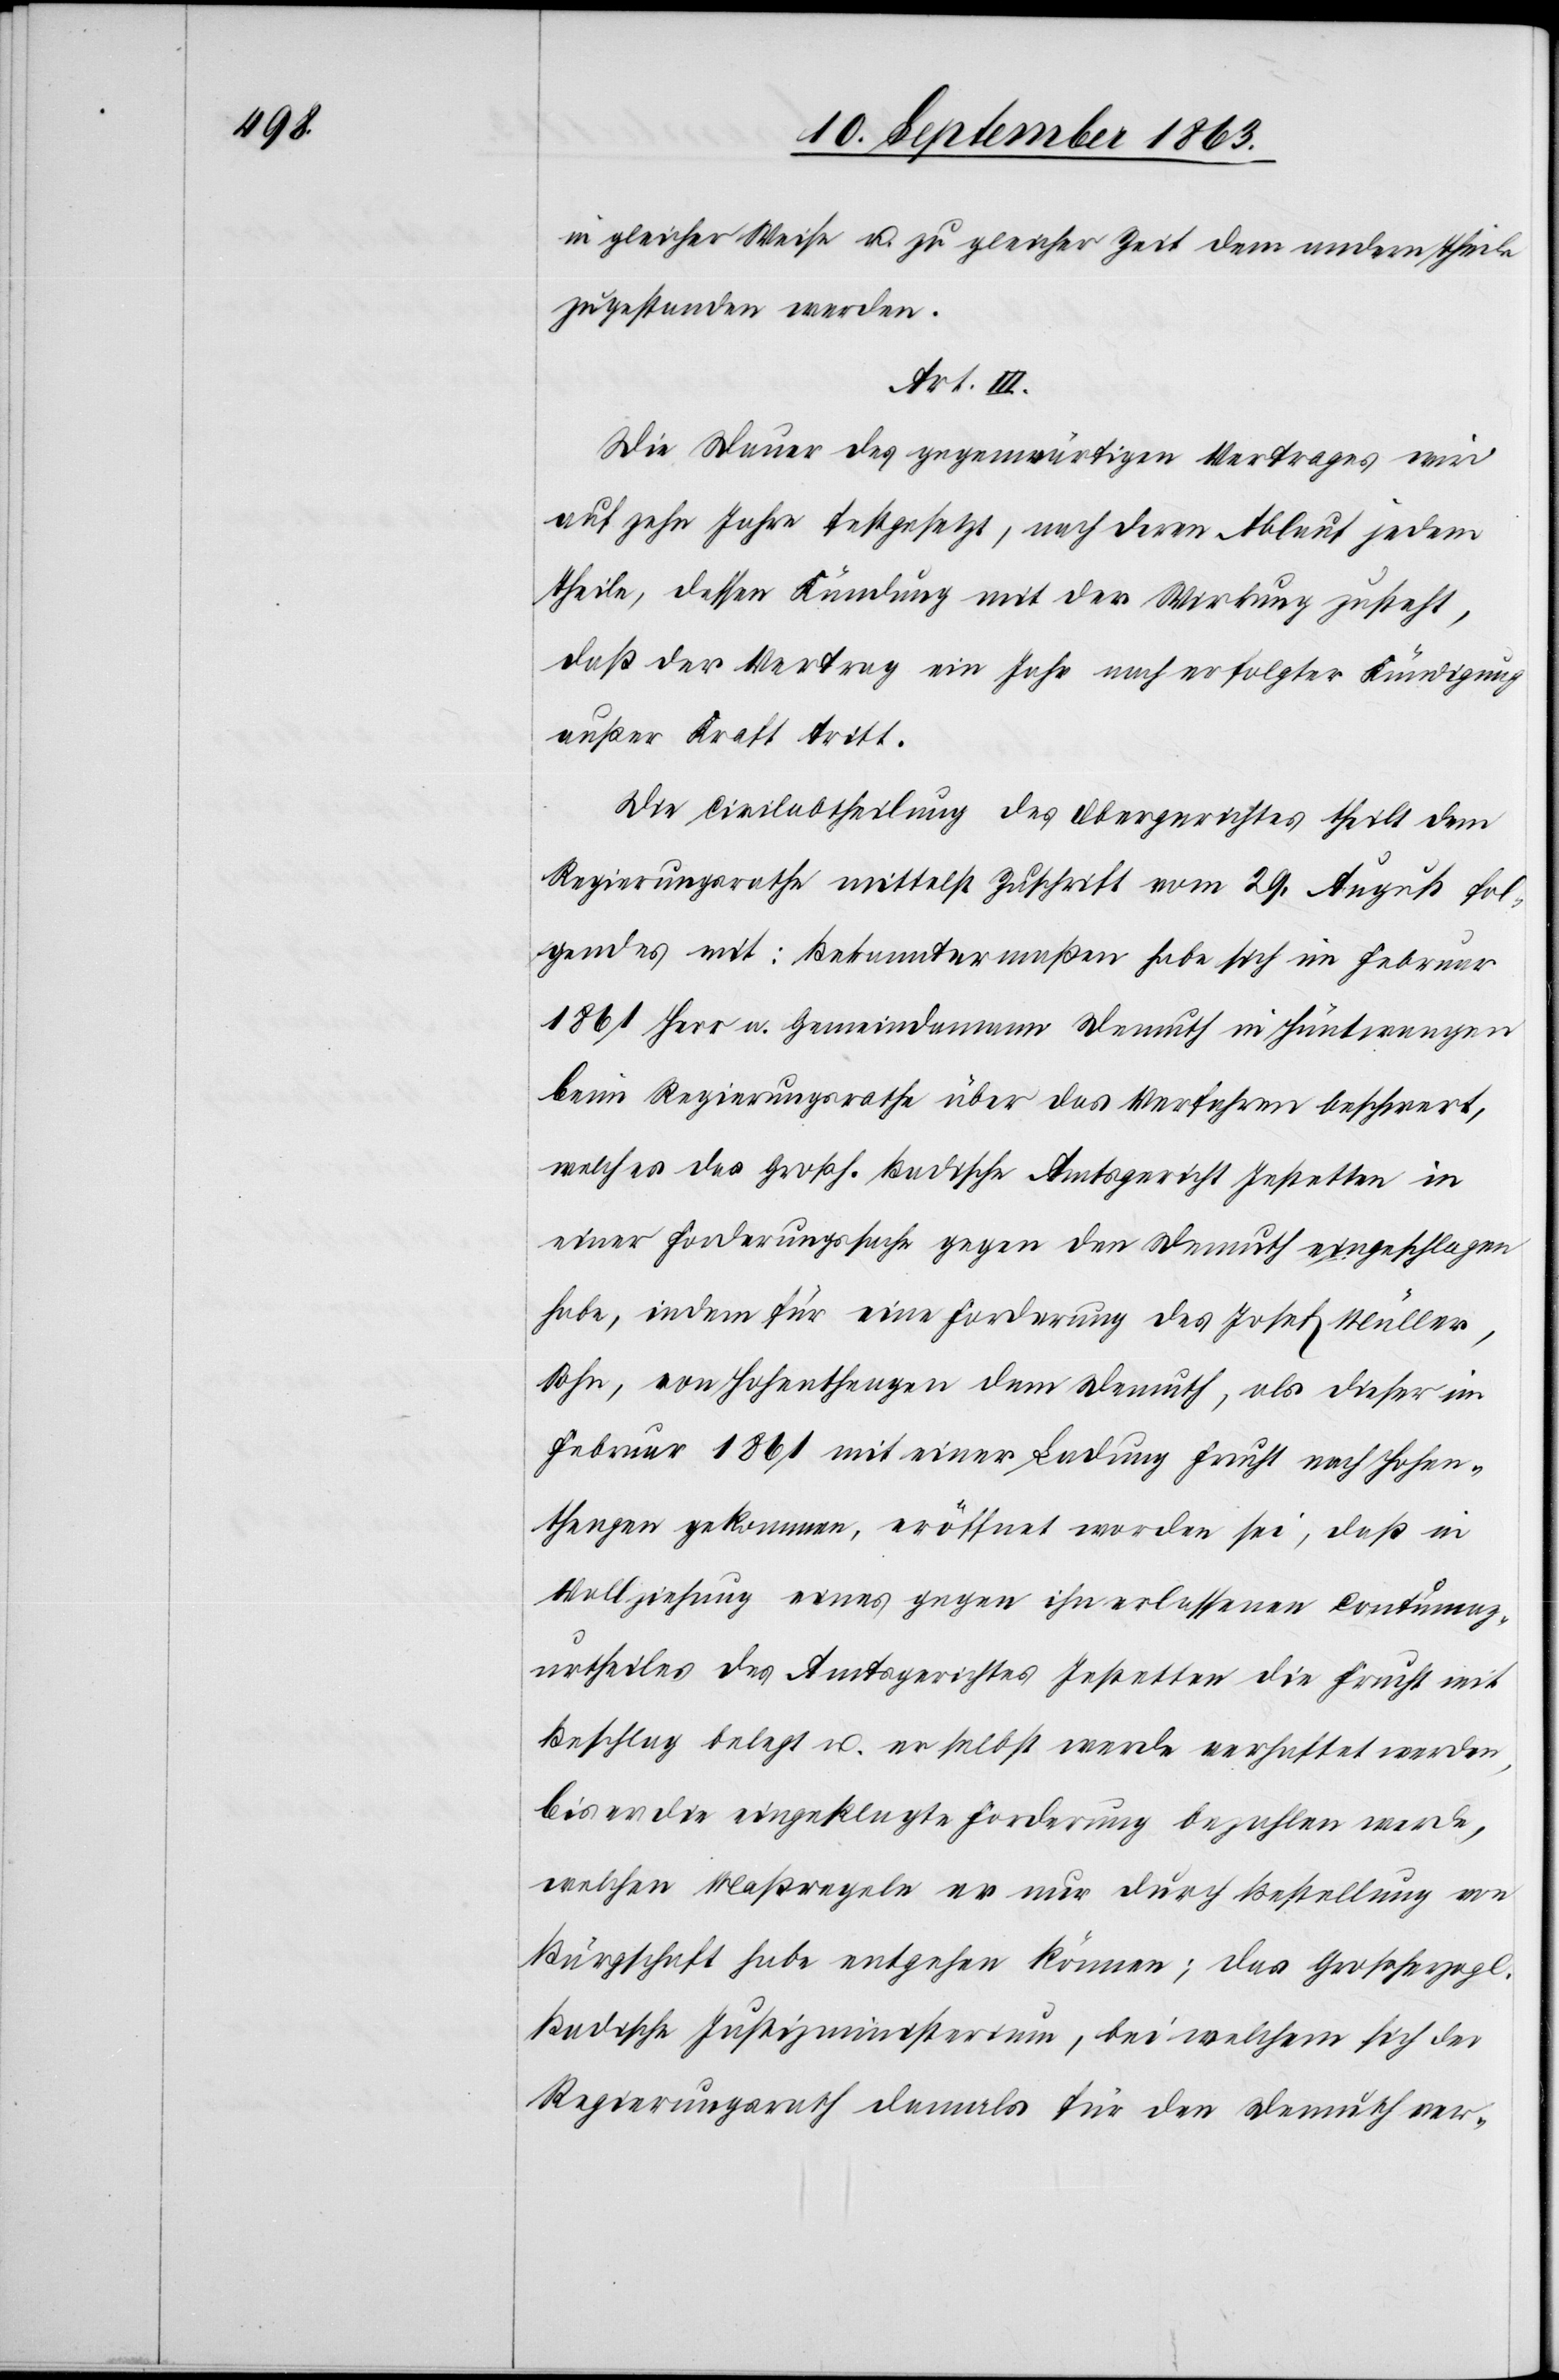
in gleicher Weise u. zu gleicher Zeit dem andern Theile
zugestanden werden.
Art. III.
Die Dauer des gegenwärtigen Vertrages wird
auf zehn Jahre festgesetzt, nach deren Ablauf jedem
Theile, dessen Kündung mit der Wirkung zusteht,
daß der Vertrag ein Jahr nach erfolgter Kündigung
außer Kraft tritt.
Die Civilabtheilung des Obergerichtes theilt dem
Regierungsrathe mittelst Zuschrift vom 29. August fol¬
gendes mit: Bekanntermaßen habe sich im Februar
1861 Herr a. Gemeindamann Demuth in Hüntwangen
beim Regierungsrathe über das Verfahren beschwert,
welches das Großh. Badische Amtsgericht Jestetten in
einer Forderungssache gegen den Demuth eingeschlagen
habe, indem für eine Forderung des Josef Müller,
Sohn, von Hohenthengen dem Demuth, als dieser im
Februar 1861 mit einer Ladung Frucht nach Hohen¬
thengen gekommen, eröffnet worden sei, daß in
Vollziehung eines gegen ihn erlassenen Contumaz¬
urtheiles des Amtsgerichtes Jestetten die Frucht mit
Beschlag belegt u. er selbst werde verhaftet werden,
bis er die eingeklagte Forderung bezahlen werde,
welchen Maßregeln er nur durch Bestellung von
Bürgschaft habe entgehen können; das Großherzogl.
Badische Justizministerium, bei welchem sich der
Regierungsrath damals für den Demuth ver-